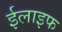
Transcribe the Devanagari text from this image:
ईलाइफ